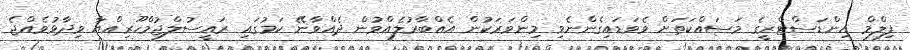
ފިލްމް އިންޑަސްޓްރީގެ މަސައްކަތަށް ވެވަޑައިގެންނެވި މިންވަރަކުން އެއްބާރުލެއްވުން ދެއްވާނޭ ކަމުގައި ރައީސުލްޖުމްހޫރިއްޔާ ވިދާޅުވެއްޖެ